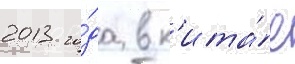
2013 го́да в к'ита́е